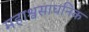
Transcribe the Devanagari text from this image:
महाश्वसाधनिक